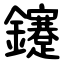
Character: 鑳